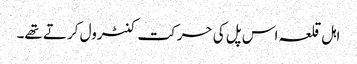
اہل قلعہ اس پل کی حرکت کنٹرول کرتے تھے۔